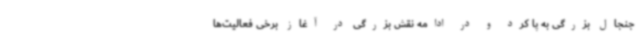
جنجال بزرگی به پا کرد و در ادامه نقش بزرگی در آغاز برخی فعالیت‌ها